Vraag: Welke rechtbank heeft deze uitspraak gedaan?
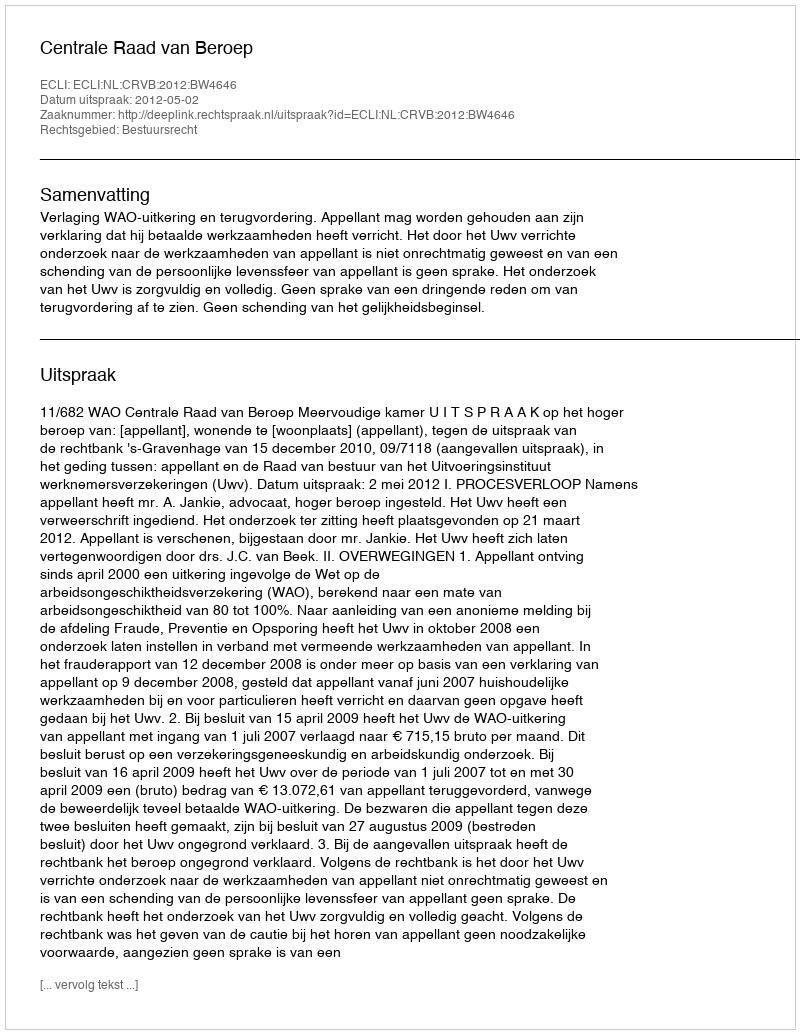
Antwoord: Centrale Raad van Beroep